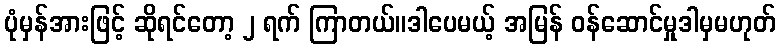
ပုံမှန်အားဖြင့် ဆိုရင်တော့ ၂ ရက် ကြာတယ်။ဒါပေမယ့် အမြန် ဝန်ဆောင်မှုဒါမှမဟုတ်